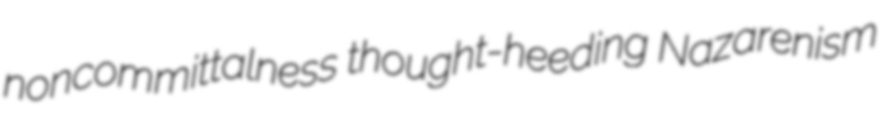
noncommittalness thought-heeding Nazarenism